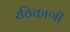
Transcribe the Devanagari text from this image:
रठिकाणी